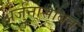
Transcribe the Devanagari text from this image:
अर्जुनासोबत